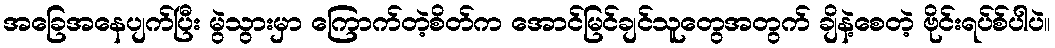
အခြေအနေပျက်ပြီး မွဲသွားမှာ ကြောက်တဲ့စိတ်က အောင်မြင်ချင်သူတွေအတွက် ချိနဲ့စေတဲ့ ဗိုင်းရပ်စ်ပါပဲ။